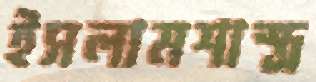
ইসলামশাস্ত্র